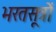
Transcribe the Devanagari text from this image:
भरतसूत्रों